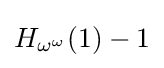
H_{\omega ^{\omega }}(1)-1